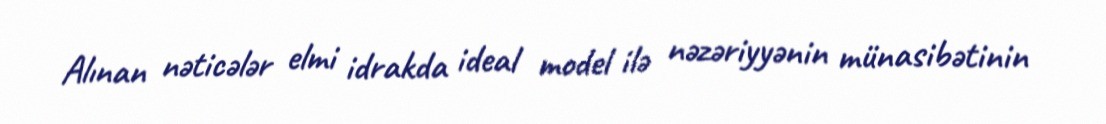
Alınan nəticələr elmi idrakda ideal model ilə nəzəriyyənin münasibətinin